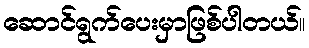
ဆောင်ရွက်ပေးမှာဖြစ်ပါတယ်။